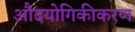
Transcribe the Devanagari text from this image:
औदयोगिकीकरण